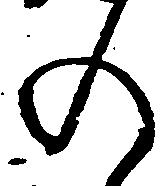
の